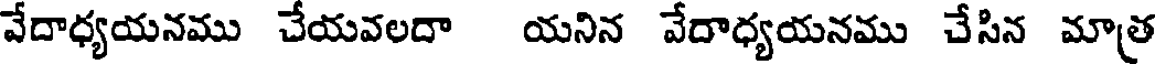
వేదాధ్యయనము చేయవలదా యనిన వేదాధ్యయనము చేసిన మాత